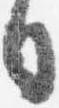
日